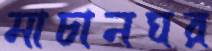
মাচানঘর